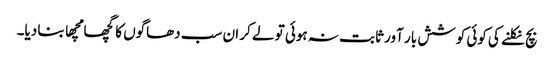
بچ نکلنے کی کوئی کوشش بار آور ثابت نہ ہوئی تو لے کر ان سب دھاگوں کا گچھا مچھا بنا دیا۔